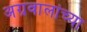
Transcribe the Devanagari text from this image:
अग्रवालांच्या